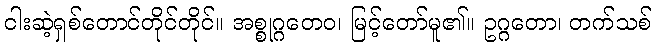
ငါးဆဲ့ရှစ်တောင်တိုင်တိုင်။ အစ္စုဂ္ဂတေဝ၊ မြင့်တော်မူ၏။ ဥဂ္ဂတော၊ တက်သစ်